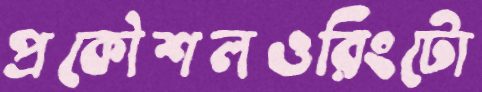
প্রকৌশলওরিংটো